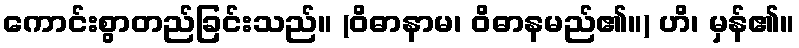
ကောင်းစွာတည်ခြင်းသည်။ (ဝိဓာနာမ၊ ဝိဓာနမည်၏။) ဟိ၊ မှန်၏။